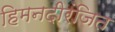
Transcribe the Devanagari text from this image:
हिमनदीरंजित